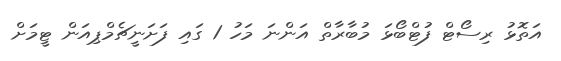
އަތޮޅު ރިސޯޓް ފުޓްބޯޅަ މުބާރާތް އަންނަ މަހު 1 ގައި ފަށަނީޗެމްޕިއަން ޓީމަށް